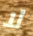
لا